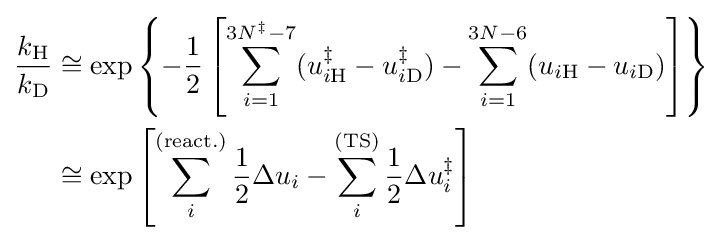
{\begin{aligned}{\frac {k_{{\ce {H}}}}{k_{{\ce {D}}}}}&\cong \exp \left\{-{\frac {1}{2}}\left[\sum \limits _{i=1}^{3N^{\ddagger }-7}(u_{i{\ce {H}}}^{\ddagger }-u_{i{\ce {D}}}^{\ddagger })-\sum \limits _{i=1}^{3N-6}(u_{i{\ce {H}}}-u_{i{\ce {D}}})\right]\right\}\\&\cong \exp \left[\sum _{i}^{\mathrm {(react.)} }{\frac {1}{2}}\Delta u_{i}-\sum _{i}^{\mathrm {(TS)} }{\frac {1}{2}}\Delta u_{i}^{\ddagger }\right]\end{aligned}}